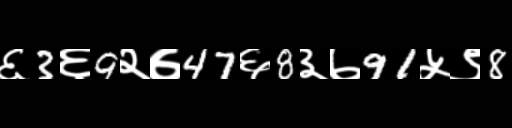
Text: ६3६9२७47६8३७91५९8